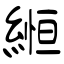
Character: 縆